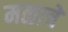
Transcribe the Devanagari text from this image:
मळाचे